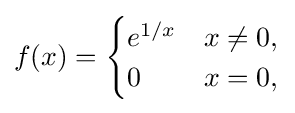
f(x)={\begin{cases}e^{1/x}&x\neq 0,\\0&x=0,\end{cases}}